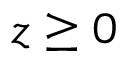
z \ge 0